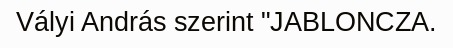
Vályi András szerint "JABLONCZA.